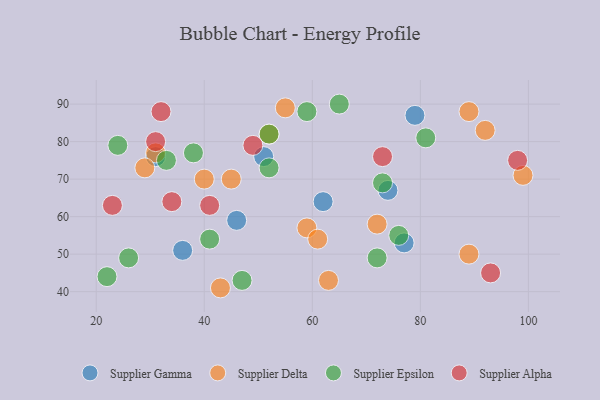
{"axis": {"x": "GDP", "y": "Life Expectancy"}, "legend": ["Supplier Alpha", "Supplier Delta", "Supplier Epsilon", "Supplier Gamma"], "data": [{"x": "36", "y": 51, "type": "Supplier Gamma"}, {"x": "31", "y": 76, "type": "Supplier Gamma"}, {"x": "77", "y": 53, "type": "Supplier Gamma"}, {"x": "51", "y": 76, "type": "Supplier Gamma"}, {"x": "62", "y": 64, "type": "Supplier Gamma"}, {"x": "74", "y": 67, "type": "Supplier Gamma"}, {"x": "46", "y": 59, "type": "Supplier Gamma"}, {"x": "79", "y": 87, "type": "Supplier Gamma"}, {"x": "31", "y": 77, "type": "Supplier Delta"}, {"x": "72", "y": 58, "type": "Supplier Delta"}, {"x": "59", "y": 57, "type": "Supplier Delta"}, {"x": "29", "y": 73, "type": "Supplier Delta"}, {"x": "45", "y": 70, "type": "Supplier Delta"}, {"x": "55", "y": 89, "type": "Supplier Delta"}, {"x": "61", "y": 54, "type": "Supplier Delta"}, {"x": "99", "y": 71, "type": "Supplier Delta"}, {"x": "89", "y": 88, "type": "Supplier Delta"}, {"x": "63", "y": 43, "type": "Supplier Delta"}, {"x": "92", "y": 83, "type": "Supplier Delta"}, {"x": "52", "y": 82, "type": "Supplier Delta"}, {"x": "40", "y": 70, "type": "Supplier Delta"}, {"x": "43", "y": 41, "type": "Supplier Delta"}, {"x": "89", "y": 50, "type": "Supplier Delta"}, {"x": "26", "y": 49, "type": "Supplier Epsilon"}, {"x": "59", "y": 88, "type": "Supplier Epsilon"}, {"x": "76", "y": 55, "type": "Supplier Epsilon"}, {"x": "81", "y": 81, "type": "Supplier Epsilon"}, {"x": "47", "y": 43, "type": "Supplier Epsilon"}, {"x": "22", "y": 44, "type": "Supplier Epsilon"}, {"x": "41", "y": 54, "type": "Supplier Epsilon"}, {"x": "52", "y": 82, "type": "Supplier Epsilon"}, {"x": "65", "y": 90, "type": "Supplier Epsilon"}, {"x": "52", "y": 73, "type": "Supplier Epsilon"}, {"x": "33", "y": 75, "type": "Supplier Epsilon"}, {"x": "24", "y": 79, "type": "Supplier Epsilon"}, {"x": "38", "y": 77, "type": "Supplier Epsilon"}, {"x": "72", "y": 49, "type": "Supplier Epsilon"}, {"x": "73", "y": 69, "type": "Supplier Epsilon"}, {"x": "31", "y": 80, "type": "Supplier Alpha"}, {"x": "23", "y": 63, "type": "Supplier Alpha"}, {"x": "32", "y": 88, "type": "Supplier Alpha"}, {"x": "41", "y": 63, "type": "Supplier Alpha"}, {"x": "34", "y": 64, "type": "Supplier Alpha"}, {"x": "73", "y": 76, "type": "Supplier Alpha"}, {"x": "49", "y": 79, "type": "Supplier Alpha"}, {"x": "93", "y": 45, "type": "Supplier Alpha"}, {"x": "98", "y": 75, "type": "Supplier Alpha"}]}